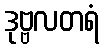
ဒုဗ္ဗလတရံ